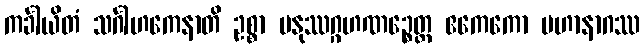
ကင်္ခါယိတံ သင်္ဂါဟကေနာတိ ဥစ္စာ မနုဿဂ္ဂဟဏဉ္စေတ္ထ ဧကေကော မဟာနာဂဿ